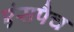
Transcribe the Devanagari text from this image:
एंसपैच